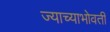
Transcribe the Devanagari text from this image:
ज्याच्याभोवती